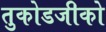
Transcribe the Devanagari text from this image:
तुकोडजीको